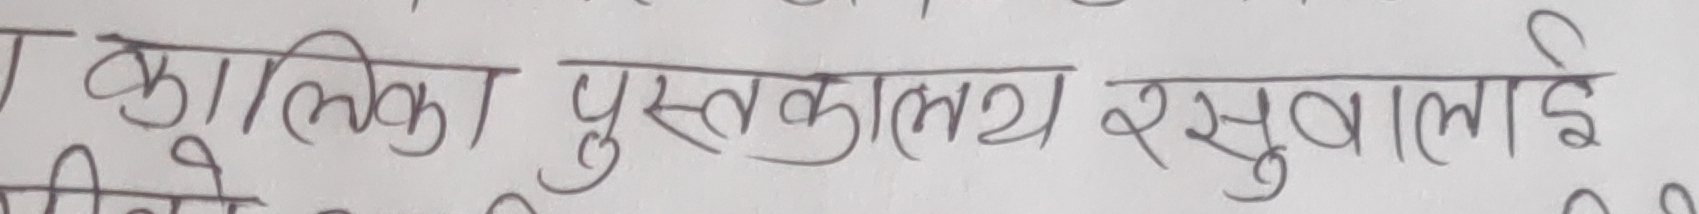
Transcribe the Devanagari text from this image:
कालिका पुस्तकालय रसुवालाई